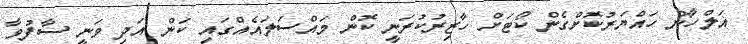
އަލްހާން ހައްޔަރުކޮށްގެން ކޯޓަށް ހާޒިރުކުރަނީ ކޮން މައްސަލައެއްގައި ކަން އަދި ވަނީ ސާފުވާ